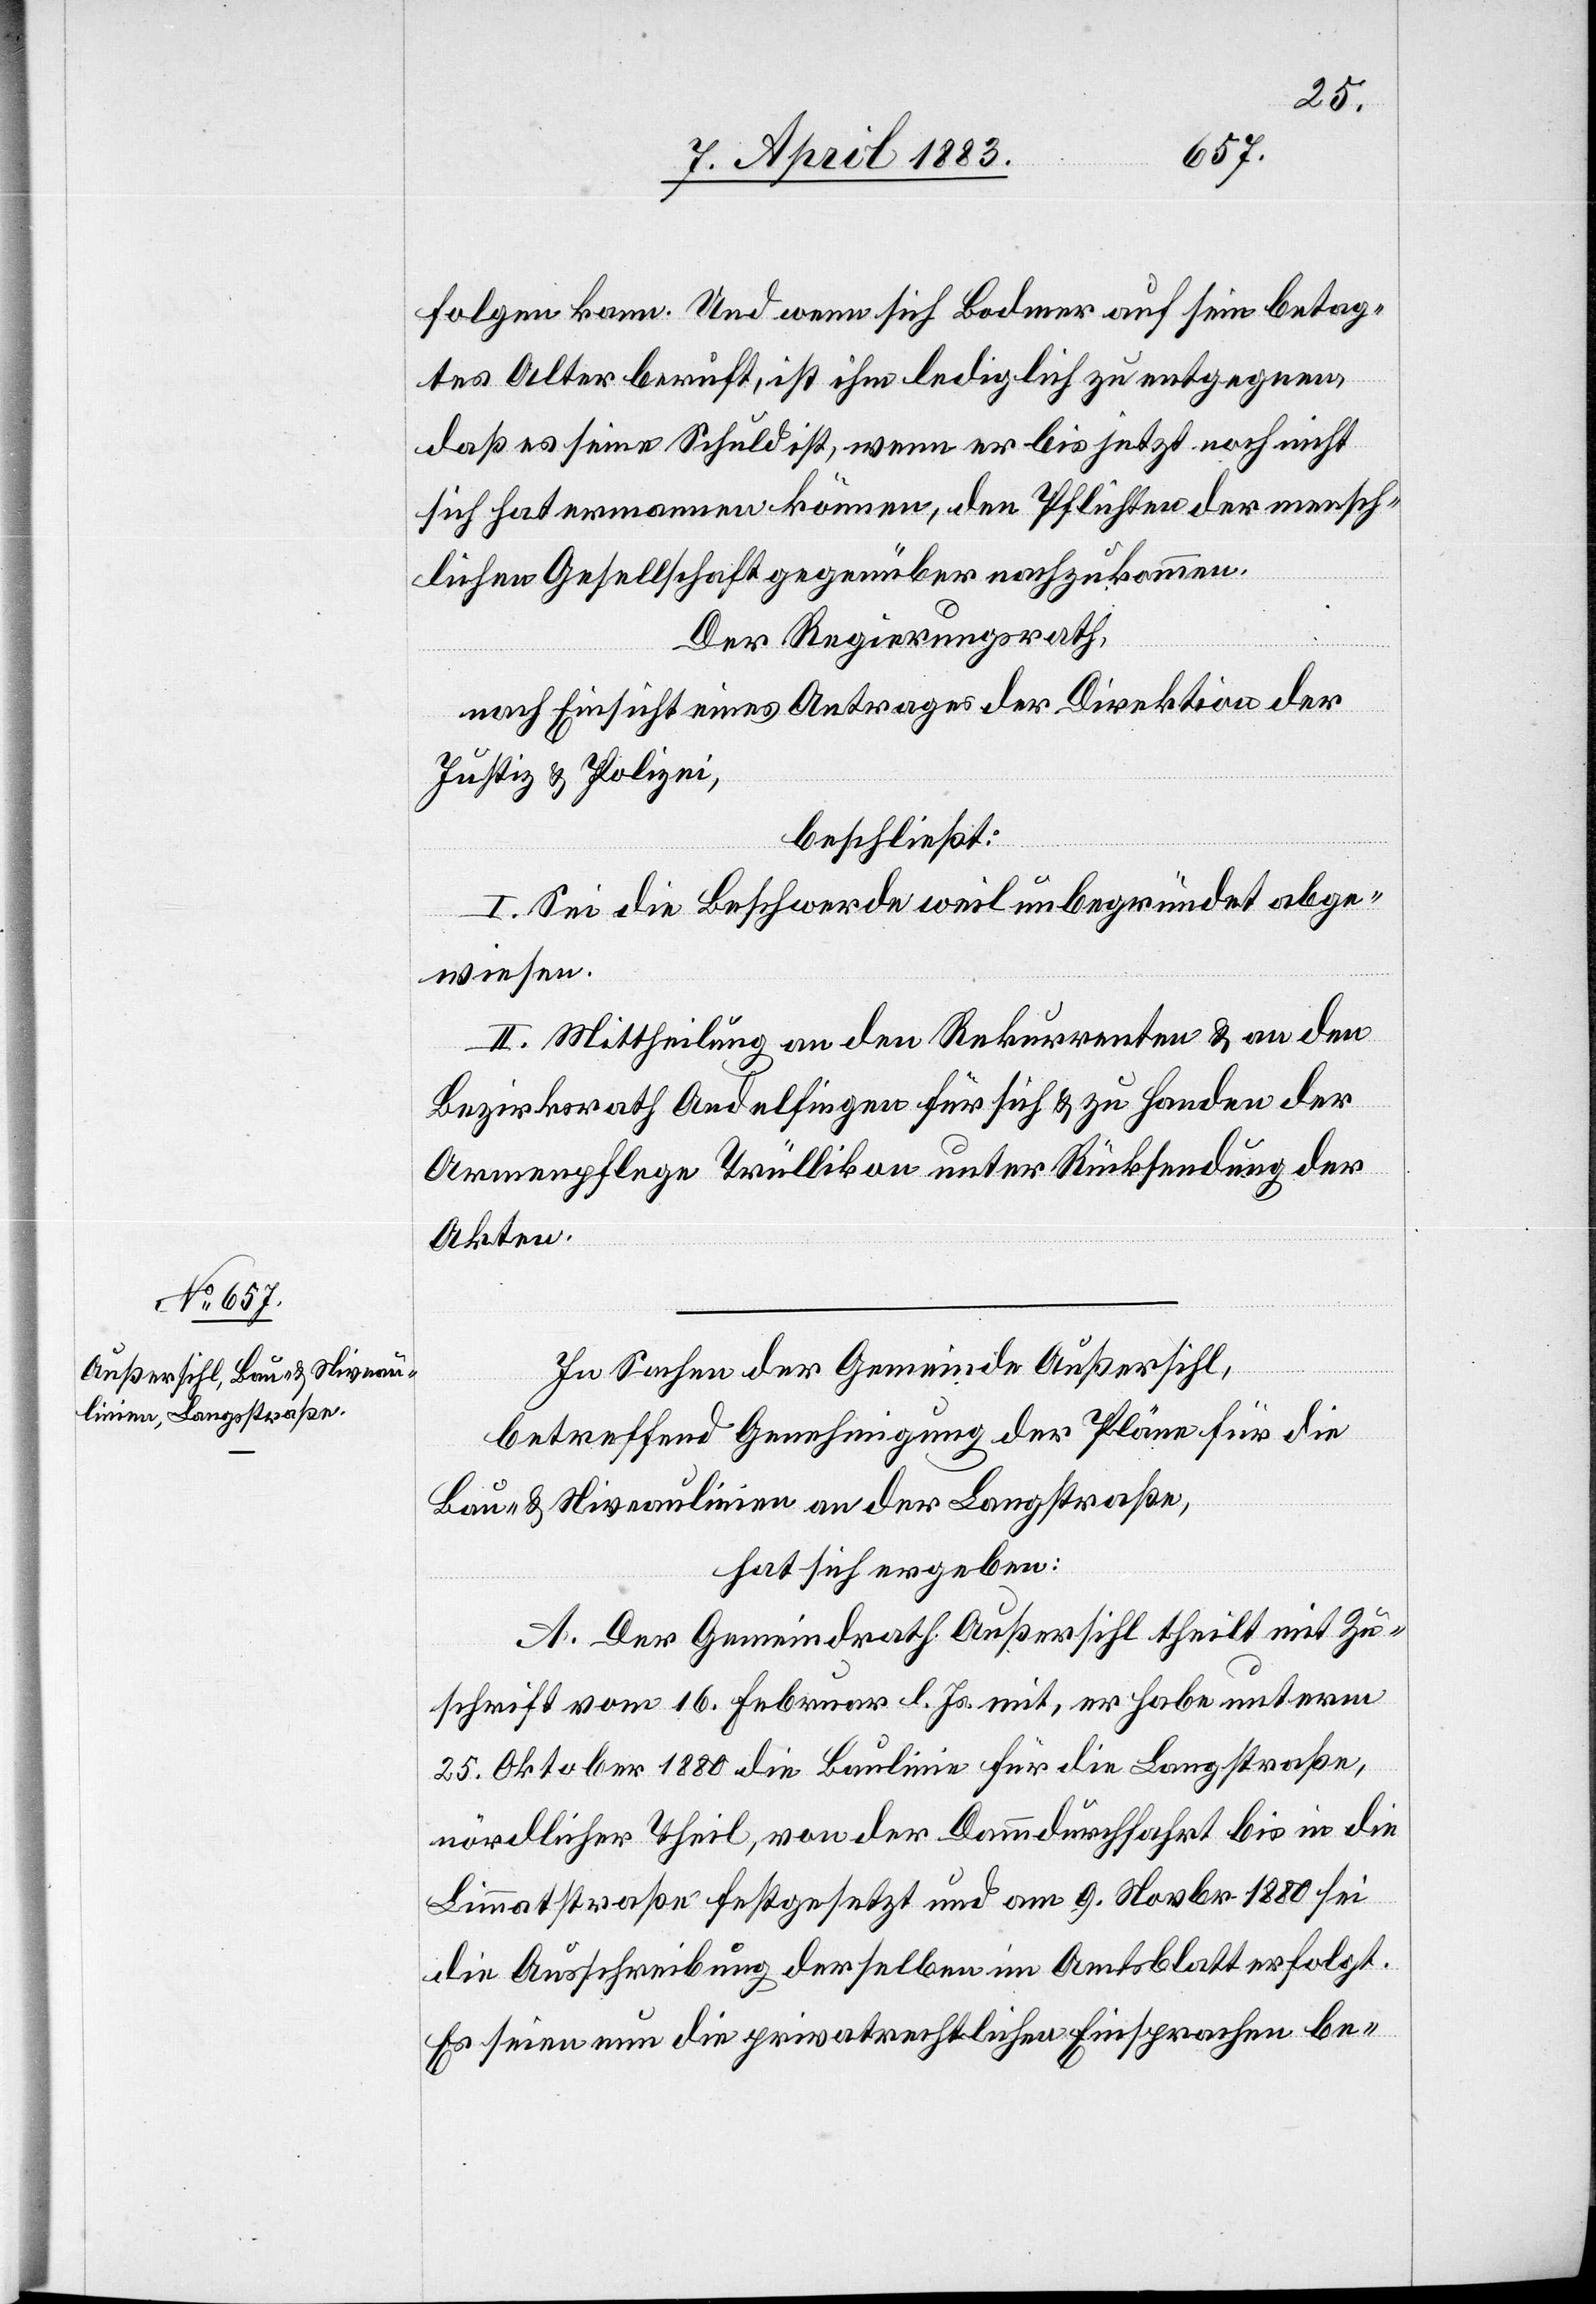
folgen kann. Und wenn sich Bodmer auf sein betag¬
tes Alter beruft, ist ihm lediglich zu entgegnen,
daß es seine Schuld ist, wenn er bis jetzt noch nicht
sich hat ermannen können, den Pflichten der mensch¬
lichen Gesellschaft gegenüber nachzukommen.
Der Regierungsrath,
nach Einsicht eines Antrages der Direktion der
Justiz & Polizei,
beschließt:
I. Sei die Beschwerde weil unbegründet abge¬
wiesen.
II. Mittheilung an den Rekurrenten & an den
Bezirksrath Andelfingen für sich & zu Handen der
Armenpflege Trüllikon unter Rücksendung der
Akten.
In Sachen der Gemeinde Außersihl,
betreffend Genehmigung der Pläne für die
Bau- & Niveaulinien an der Langstraße,
hat sich ergeben:
A. Der Gemeindrath Außersihl theilt mit Zu¬
schrift vom 16. Februar l. Js. mit, er habe unterm
25. Oktober 1880 die Baulinie für die Langstraße,
nördlicher Theil, von der Dammdurchfahrt bis in die
Limmatstraße festgesetzt und am 9. Novbr. 1880 sei
die Ausschreibung derselben im Amtsblatt erfolgt.
Es seien nun die privatrechtlichen Einsprachen be-